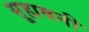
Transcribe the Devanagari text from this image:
सूहावनी